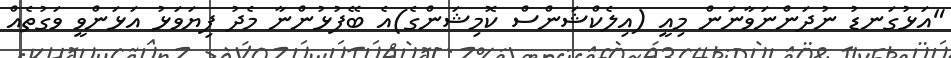
"އަޅުގަނޑު ނުދަންނަވާނަން މިއީ (އިލެކްޝަންސް ކޮމިޝަންގެ)އެ ބޭފުޅުންނާ މެދު ފިޔަވަޅު އަޅަންވީ ވަގުތެއް